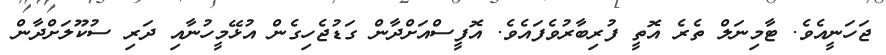
ޖަހަނީއެވެ. ޓާމިނަލް ތެރެ އޮތީ ފުރިބާރުވެފައެވެ. އޮފީސްއަށްދާން ގަޑުޖެހިގެން އުޅޭމީހުނާއި ދަރި ސުކޫލަށްދާން